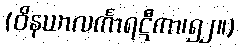
(ဝိနယာလင်္ကာရဋီကာ၊၅၂။)